Lunatic asylums Central Provinces reports 1895-1909 - 1895-1909
Year: 1895
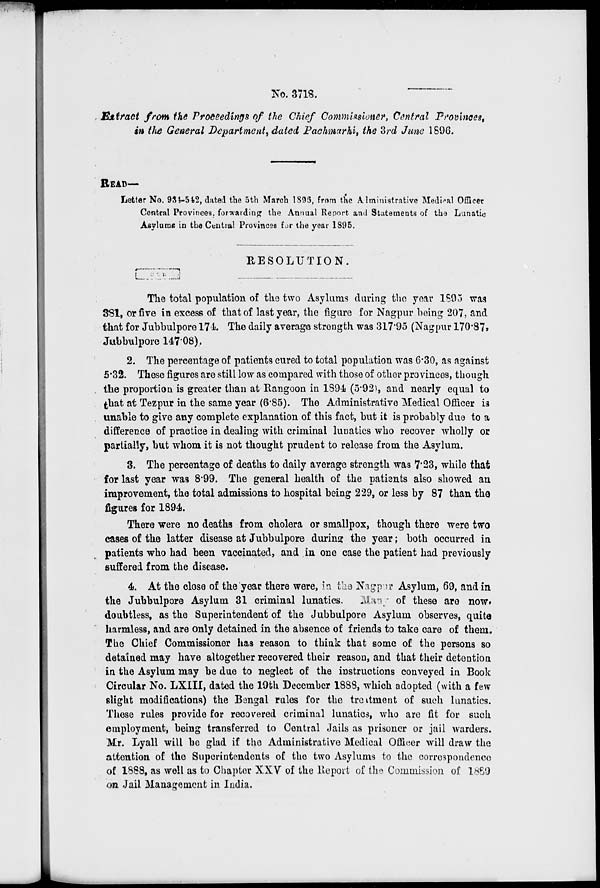
No. 3718.
Extract from the Proceedings of the Chief Commissioner, Central Provinces,
in the General Department, dated Pachmarhi, the 3rd June 1896.
READ-
Letter No. 934-542, dated the 5th March 1896, from the Alminiatrative Medical Officer
Central Provinces, forwarding the Annual Report and Statements of the Lunatic
Asylums in the Central Provinces for the year 1895.
RESOLUTION.
The total population of the two Asylums during the year 1895 was
381, or five in excess of that of last year, the figure for Nagpur being 207, and
that for Jubbulpore 174. The daily average strength was 317.95 (Nagpur 170.87,
Jubbulpore 147.08).
2. The percentage of patients cured to total population was 6.30, as against
5.32. These figures are still low as compared with those of other provinces, though
the proportion is greater than at Rangoon in 1894 (5.92), and nearly equal to
that at Tezpur in the same year (6.85). The Administrative Medical Officer is
unable to give any complete explanation of this fact, but it is probably due to a
difference of practice in dealing with criminal lunatics who recover wholly or
partially, but whom it is not thought prudent to release from the Asylum.
3. The percentage of deaths to daily average strength was 7.23, while that
for last year was 8.99. The general health of the patients also showed an
improvement, the total admissions to hospital being 229, or less by 87 than the
figures for 1894.
There were no deaths from cholera or smallpox, though there were two
cases of the latter disease at Jubbulpore during the year ; both occurred in
patients who had been vaccinated, and in one case the patient had previously
suffered from the disease.
4. At the close of the year there were, in the Nagpur Asylum, 69, and in
the Jubbulpore Asylum 31 criminal lunatics. Many of these are now.
doubtless, as the Superintendent of the Jubbulpore Asylum observes, quite
harmless, and are only detained in the absence of friends to take care of them.
The Chief Commissioner has reason to think that some of the persons so
detained may have altogether recovered their reason, and that their detention
in the Asylum may be due to neglect of the instructions conveyed in Book
Circular No. LXIII, dated the 19th December 1888, which adopted (with a few
slight modifications) the Bengal rules for the treatment of such lunatics.
These rules provide for recovered criminal lunatics, who are fit for such
employment, being transferred to Central Jails as prisoner or jail warders.
Mr. Lyall will be glad if the Administrative Medical Officer will draw the
attention of the Superintendents of the two Asylums to the correspondence
of 1888, as well as to Chapter XXV of the Report of the Commission of 1889
on Jail Management in India.